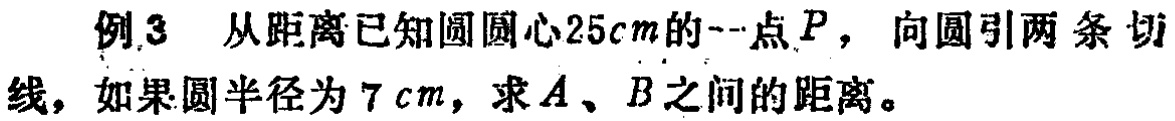
例3 从距离已知圆圆心\(25cm\)的一点\(P\)，向圆引两条切线，如果圆半径为\(7 cm\)，求\(A\)、\(B\)之间的距离。